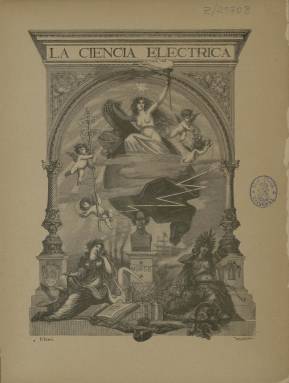
Título: La Ciencia eléctrica
Colección: Industria
Ámbito geográfico: Madrid
Lugar de publicación: Madrid
Fechas: 01/07/1890-16/12/1890

Esta publicación nacida en julio de 1890 en Madrid acabó absorbiendo a la Revista de Electricidad, que había salido al comienzo de ese mismo año y cesaría en diciembre. A partir de enero de 1891 se fusionaría con la Gaceta Industrial, por lo que con el título de La Ciencia Eléctrica solo se publicaría el segundo semestre de 1890. Se trata de algunos de los primeros medios en España especializados en esta nueva forma de energía, aunque las primeras publicaciones habían aparecido en Barcelona unos años antes.

    Su periodicidad era quincenal y tuvo una paginación variada que osciló entre las 24 y las 32 páginas, aunque el primer número tuvo algunas más. La publicación incluía dibujos, grabados de aparatos eléctricos y fotografías, lo que resulta muy ilustrativo para ver los avances del sector en sus primeros años en nuestro país. Los artículos de la revista tenían generalmente un contenido técnico sobre nuevos procedimientos, aparatos y material. Contaba también con anuncios de empresas instaladoras, componentes, máquinas y todo tipo de material relacionado con la electricidad.

  La publicación tenía una amplia nómina de colaboradores que se pueden ver en la portada de cada número. Su fundador y director fue José Casas Barbosa, uno de los pioneros de la electricidad en España como profesor, escritor y periodista científico. Nacido en Barcelona, en 1879 publicó ‘Maravillas de la telefonía. Descripción del teléfono, el micrófono y el fonógrafo’.

  Como responsable de telefonía, en 1881 formó parte de la Sociedad Española de Electricidad, la primera compañía eléctrica española. Más tarde pasó a dirigir la Sociedad Matritense de Electricidad, donde proyectó y dirigió en 1888 la iluminación del Teatro Real.

  En su primer número, La Ciencia Eléctrica se dirigía al lector en un artículo anunciando sus propósitos que no iba firmado pero que probablemente se deba a la pluma de Casas Barbosa. Decía así:

    ‘Merced a la colaboración que se dignan prestarle profesores, ingenieros y electricistas muy distinguidos, esta revista aspira a ser el reflejo del estado de la ciencia eléctrica en nuestro país, el medio difusor de sus enseñanzas, y guía eficaz y seguro de los capitalistas y constructores dedicados a la explotación de las industrias nacidas de la electrotecnia. A todas las aplicaciones de la electricidad consagrará su atención esta revista. Los progresos que en nuestro país se realicen serán investigados con afán y estudiados con solicitud y cariño; del progreso extranjero dará a conocer los frutos más sazonados y selectos’.

   La publicación, que al inicio de 1891 se había fusionado con la Gaceta industrial, volvió en julio de ese año a fusionarse con la revista La Naturaleza y pasó a llamarse Naturaleza, Ciencia e Industria.

[Descripción publicada el 16/8/2022]